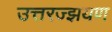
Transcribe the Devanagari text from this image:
उत्तरज्झयण